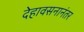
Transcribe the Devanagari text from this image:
देहावसनानंतर